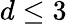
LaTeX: d\leq 3